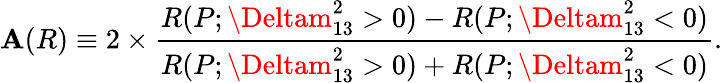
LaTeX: \mathbf{A}(R)\equiv2\times\frac{{R(P;\Deltam_{13}^{2}>0)-R(P;\Deltam_{13}^{2}<0)}}{{R(P;\Deltam_{13}^{2}>0)+R(P;\Deltam_{13}^{2}<0)}}.